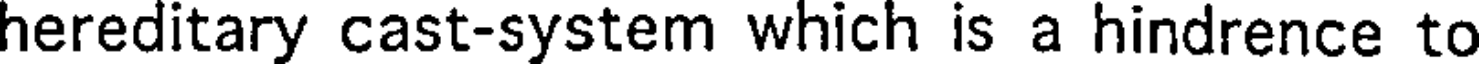
hereditary cast-system which is a hindrence to